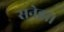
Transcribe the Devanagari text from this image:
सनेह।।